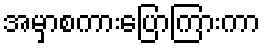
အမှာစကားပြောကြားကာ